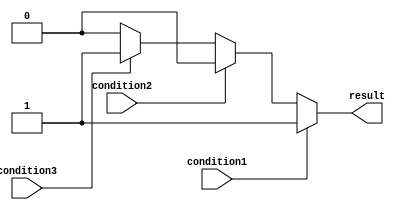
module multiple_if_else_statement (
    input wire condition1,
    input wire condition2,
    input wire condition3,
    output reg result
);

always @* begin
    if (condition1) begin
        result = 1;
    end
    else if (condition2) begin
        result = 2;
    end
    else if (condition3) begin
        result = 3;
    end
    else begin
        result = 0; // Default case
    end
end

endmodule